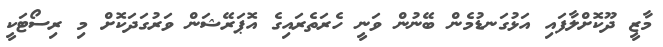
މާޒީ ދޫކޮށްލާފައި އަޅުގަނޑުމެން ބޭނުން ވަނީ ހެރަތެރައިގެ އޮޕަރޭޝަން ވަރުގަދަކޮށް މި ރިސޯޓަކީ